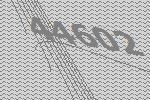
44602